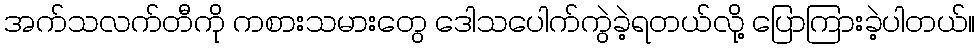
အက်သလက်တီကို ကစားသမားတွေ ဒေါသပေါက်ကွဲခဲ့ရတယ်လို့ ပြောကြားခဲ့ပါတယ်။